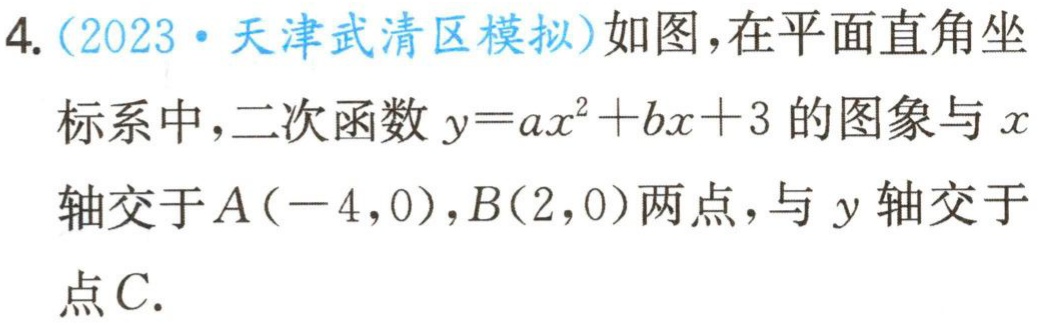
4.（2023·天津武清区模拟）如图，在平面直角坐标系中，二次函数\(y = ax^{2}+bx + 3\)的图象与\(x\)轴交于\(A(-4,0)\)，\(B(2,0)\)两点，与\(y\)轴交于点\(C\).